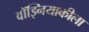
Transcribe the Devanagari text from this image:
वॉझ्नियाकीला